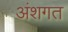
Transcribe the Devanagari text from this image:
अंशगत